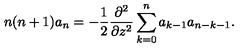
n ( n + 1 ) a _ { n } = - \frac { 1 } { 2 } \frac { \partial ^ { 2 } } { \partial z ^ { 2 } } \sum _ { k = 0 } ^ { n } a _ { k - 1 } a _ { n - k - 1 } .